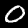
Digit: 0